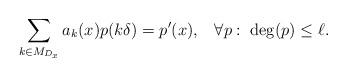
LaTeX: \begin{align*} \sum_{k\in M_{D_x}} a_k(x) p(k\delta) = p^\prime (x),\;\;\;\forall p: \;{\rm deg}(p)\leq \ell.\end{align*}